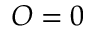
O = 0